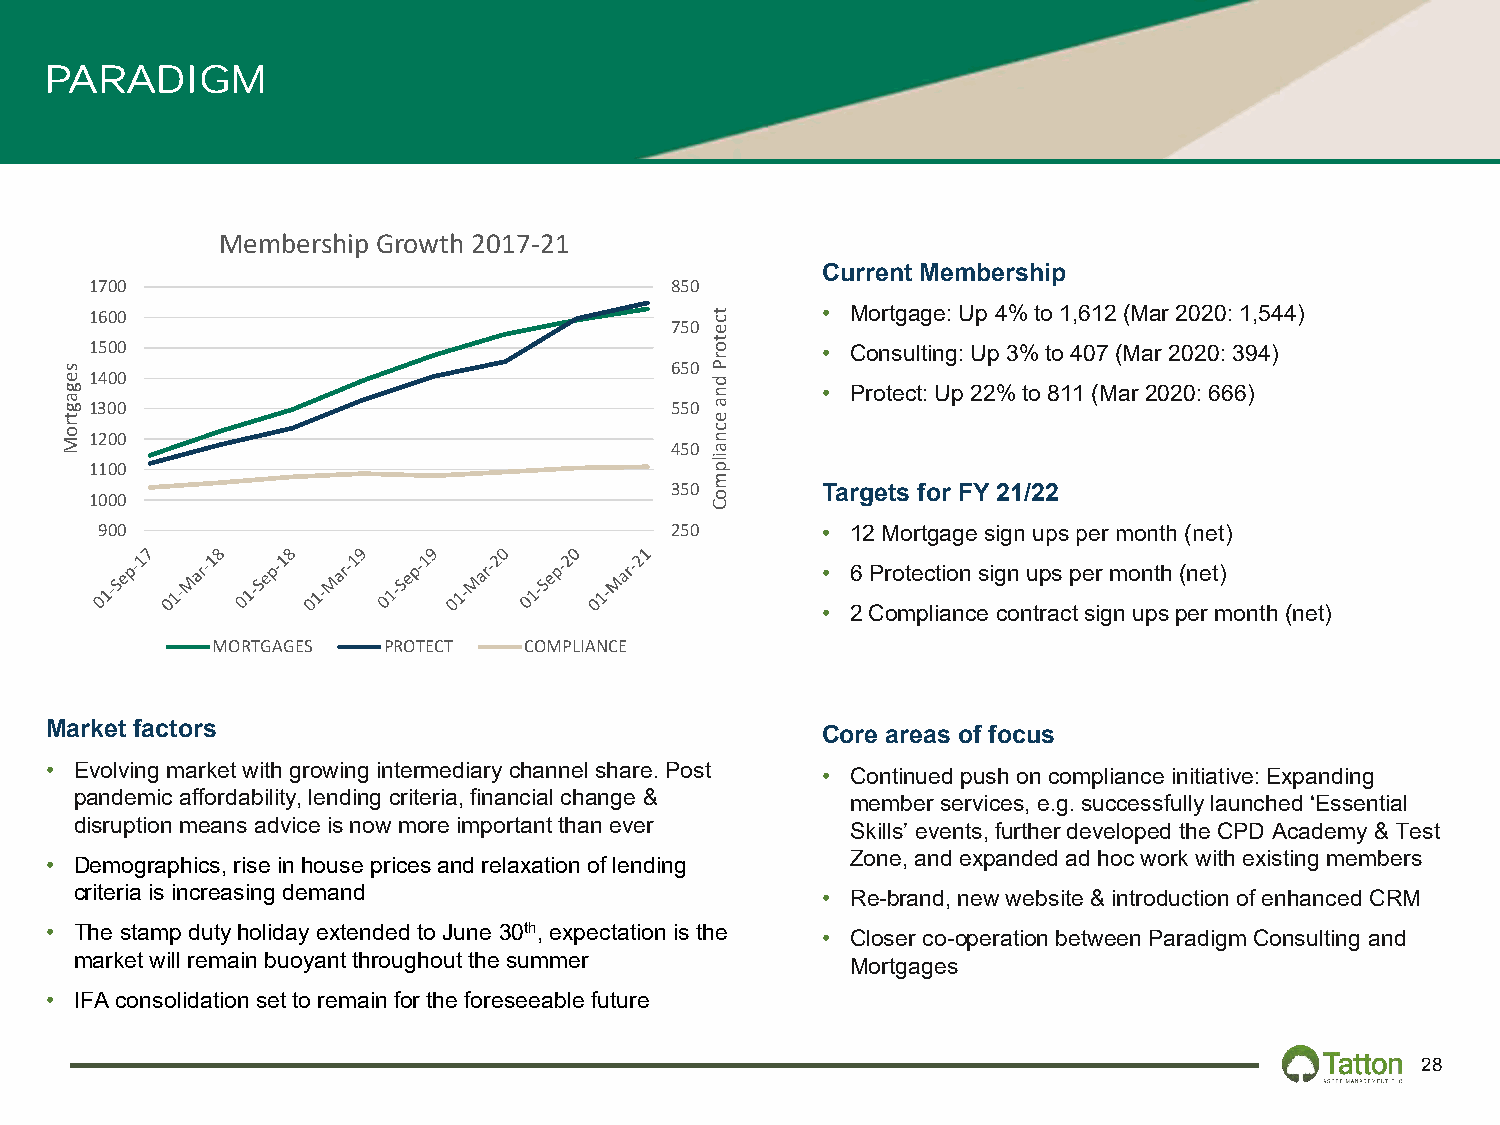
PARADIGM
 Membership Growth 2017-21
 Current Membership
 1700                                  850
 1600                                            • Mortgage: Up 4% to 1,612 (Mar 2020: 1,544)
 750
 1500
 • Consulting: Up 3% to 407 (Mar 2020: 394)
 650
 1400
 • Protect: Up 22% to 811 (Mar 2020: 666)
 1300                                  550
 1200
 450
 1100
 350       Targets for FY 21/22
 1000
 900                                   250       • 12 Mortgage sign ups per month (net)
 • 6 Protection sign ups per month (net)
 • 2 Compliance contract sign ups per month (net)
 MORTGAGES  PROTECT   COMPLIANCE
 Market factors                                     Core areas of focus
 • Evolving market with growing intermediary channel share. Post • Continued push on compliance initiative: Expanding
 pandemic affordability, lending criteria, financial change & member services, e.g.successfully launched ‘Essential
 disruption means advice is now more important than ever Skills’ events, further developed the CPD Academy & Test
 Zone, and expanded ad hoc work with existing members
 • Demographics, rise in house prices and relaxation of lending
 criteria is increasing demand                    • Re-brand, new website & introduction of enhanced CRM
 • The stamp duty holiday extended to June 30th,expectation is the • Closer co-operation between Paradigm Consulting and
 market will remain buoyant throughout the summer   Mortgages
 • IFA consolidation set to remain for the foreseeable future
 28
 segagtroM
 tcetorP
 dna
 ecnailpmoC